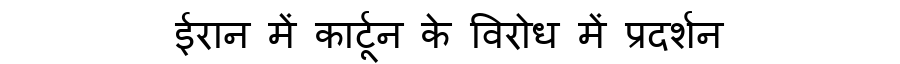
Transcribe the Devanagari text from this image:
ईरान में कार्टून के विरोध में प्रदर्शन